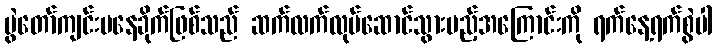
ပွဲတော်ကျင်းပနေခိုက်ဖြစ်သည် ဆက်လက်လုပ်ဆောင်သွားမည့်အကြောင်းကို ရက်နေ့ရက်စွဲပါ